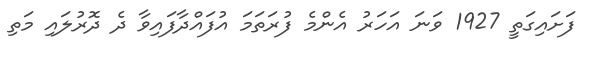
ފަށައިގަތީ 1927 ވަނަ އަހަރު އެންމެ ފުރަތަމަ އުފައްދާފައިވާ ދެ ދޮރުލައި މަތި